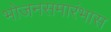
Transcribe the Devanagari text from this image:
भोजनसमारंभास